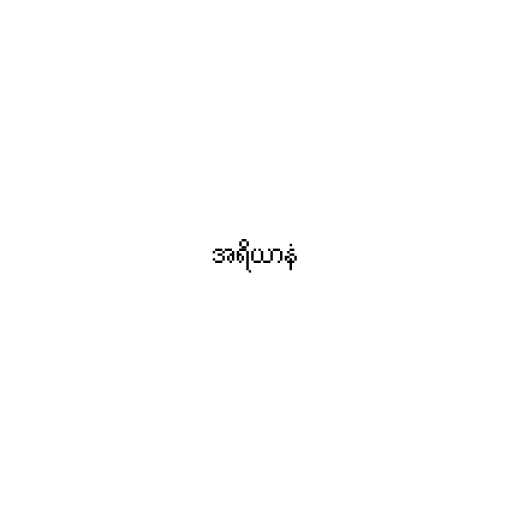
အရိယာနံ